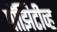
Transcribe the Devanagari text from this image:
पॉझिटीव्ह